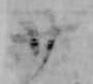
廿